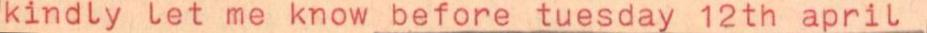
kindly let me know before tuesday 12th april